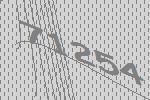
71254